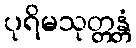
ပုရိမသုတ္တန္တံ